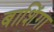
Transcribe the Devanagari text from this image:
बाशिंगा